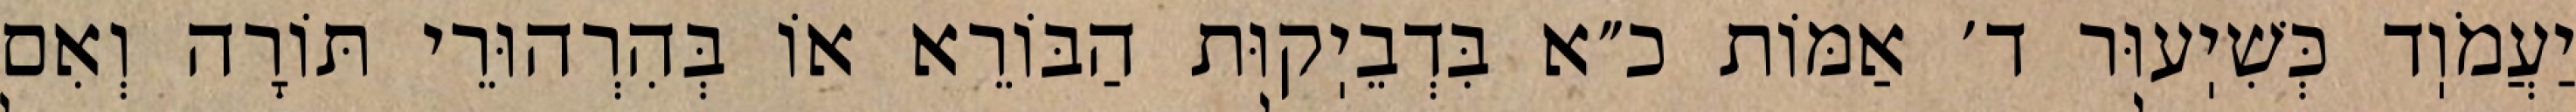
יַעֲמֹוֽד כְּשִׁיֽעוּר ד׳ אַמּוֹת כ״א בִּדְבֵיֽקוּת הַבּוֹרֵא אוֹ בְּהִרְהוּרֵי תּוֹרָה וְאִם